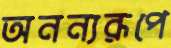
অনন্যরূপে